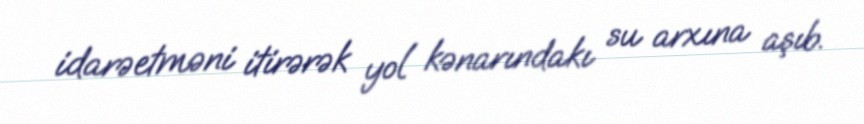
idarəetməni itirərək yol kənarındakı su arxına aşıb.